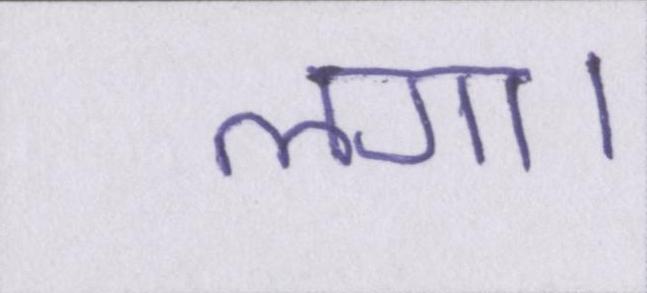
लगा।